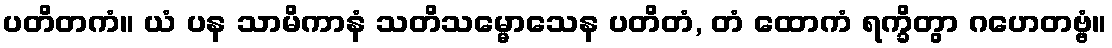
ပတိတကံ။ ယံ ပန သာမိကာနံ သတိသမ္မောသေန ပတိတံ, တံ ထောကံ ရက္ခိတွာ ဂဟေတဗ္ဗံ။